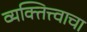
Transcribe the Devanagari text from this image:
व्यक्तित्त्वाचा